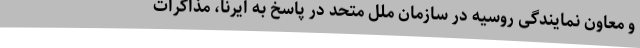
و معاون نمایندگی روسیه در سازمان ملل متحد در پاسخ به ایرنا، مذاکرات